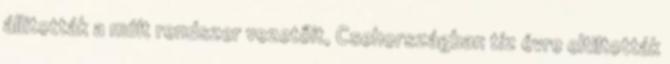
állították a múlt rendszer vezetőit, Csehországban tíz évre eltiltották